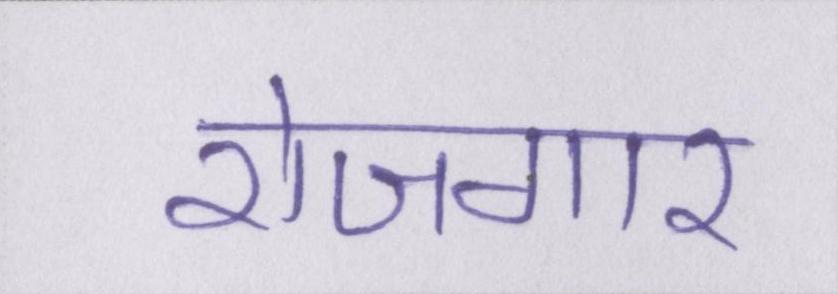
रोजगार